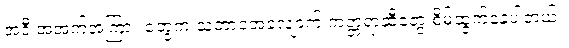
အဲဒီ အအက်အကြား တွေက သဘာဝအလျောက် ကတ္တရာဆီတွေ စိမ့်ထွက်နေပါတယ်။